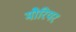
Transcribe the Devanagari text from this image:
मौरियर